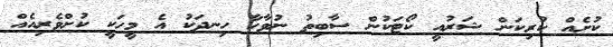
ކުށެއް ކުރިކަން ޝަރުއީ ކޯޓަކުން ސާބިތު ނުވާހާ ހިނދަކު އެ މީހަކީ ކުށްވެރިއެއް